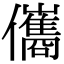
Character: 儶